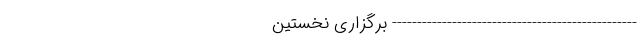
------------------------------------------------- برگزاری نخستین